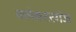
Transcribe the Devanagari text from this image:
क्लेक्टरगंज